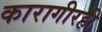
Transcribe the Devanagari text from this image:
कारागीरही